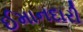
ઈમાનદારી